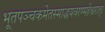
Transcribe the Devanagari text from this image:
भूतपञ्चकमेतस्माद्धयवरण्महेश्वरात्।